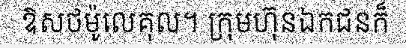
ឱសថម៉ូលេគុល។ ក្រុមហ៊ុនឯកជនក៏